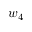
w _ { 4 }